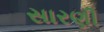
સારણી